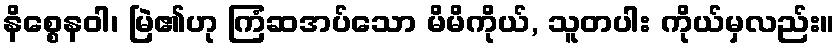
နိစ္စေနဝါ၊ မြဲ၏ဟု ကြံဆအပ်သော မိမိကိုယ်, သူတပါး ကိုယ်မှလည်း။